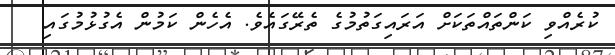
ކުރެއްވި ކަންތައްތަކަށް އަރައިގަތުމުގެ ތެރޭގައެވެ. އެހެން ކަމުން އެގުޅުމުގައި